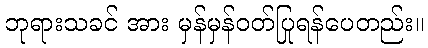
ဘုရားသခင် အား မှန်မှန်ဝတ်ပြုရန်ပေတည်း။